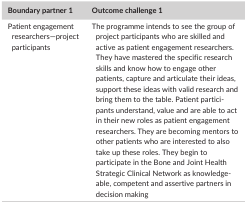
| Boundary partner 1 | Outcome challenge 1 |
 | --- | --- |
 | Patient engagement researchers—project participants | The programme intends to see the group of project participants who are skilled and active as patient engagement researchers. They have mastered the specific research skills and know how to engage other patients, capture and articulate their ideas, support these ideas with valid research and bring them to the table. Patient participants understand, value and are able to act in their new roles as patient engagement researchers. They are becoming mentors to other patients who are interested to also take up these roles. They begin to participate in the Bone and Joint Health Strategic Clinical Network as knowledgeable, competent and assertive partners in decision making |